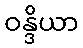
ဝန္ဒိယာ